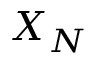
X _ { N }